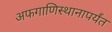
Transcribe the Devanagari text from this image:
अफगाणिस्थानापर्यंत